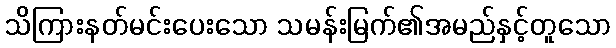
သိကြားနတ်မင်းပေးသော သမန်းမြက်၏အမည်နှင့်တူသော